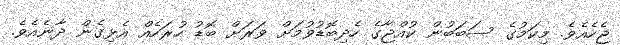
ޖެހެއެވެ. މިކަމުގެ ސަބަބުން ކުއްޖާގެ ހެދިބޮޑުވުމަށް ވަރަށް ބޮޑު ހުރަހެއް އެޅިގެން ދާނެއެވެ.